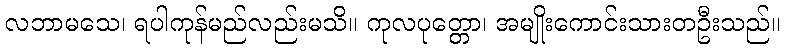
လဘာမသေ၊ ရပါကုန်မည်လည်းမသိ။ ကုလပုတ္တော၊ အမျိုးကောင်းသားတဦးသည်။